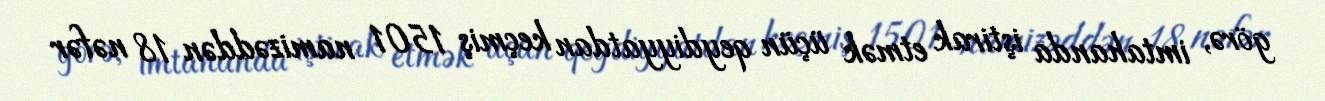
görə, imtahanda iştirak etmək üçün qeydiyyatdan keçmiş 1501 namizəddən 18 nəfər